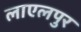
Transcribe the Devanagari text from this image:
लाएलपुर